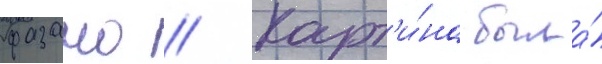
фазано // Карт'и́на была́